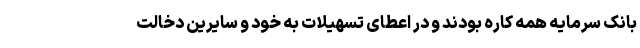
بانک سرمایه همه کاره بودند و در اعطای تسهیلات به خود و سایرین دخالت